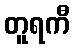
တူရကီ